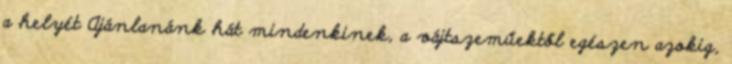
a helyét Ajánlanánk hát mindenkinek, a vájtszeműektől egészen azokig,